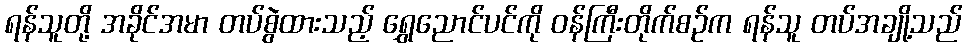
ရန်သူတို့ အခိုင်အမာ တပ်စွဲထားသည့် ရွှေညောင်ပင်ကို ဝန်ကြီးတိုက်စဉ်က ရန်သူ တပ်အချို့သည်